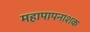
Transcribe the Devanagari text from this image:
महापापनाशक